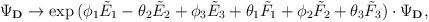
LaTeX: \begin{align*}\Psi_{\bf D} \rightarrow \exp{(\phi_1 {\tilde E}_1 - \theta_2 {\tilde E}_2 + \phi_3 {\tilde E}_3 + \theta_1 {\tilde F}_1 + \phi_2 {\tilde F}_2 + \theta_3 {\tilde F}_3)} \cdot \Psi_{\bf D},\end{align*}